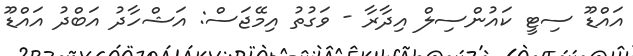
އައްޑޫ ސިޓީ ކައުންސިލް އިދާރާ - ވަގުތު އިމޭޖަސް: އަޝްހާދު އަބްދު އައްޑޫ